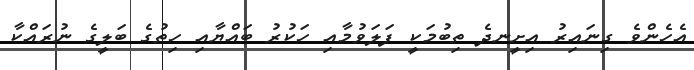
އެހެންވެ ގިނައިރު އިށީނދެ ތިބުމަކީ ފަލަވުމާއި ހަކުރު ބައްޔާއި ހިތުގެ ބަލީގެ ނުރައްކާ